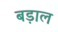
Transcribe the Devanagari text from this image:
बड़ाल